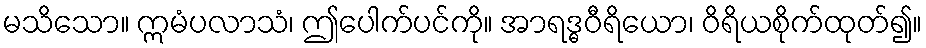
မသိသော။ ဣမံပလာသံ၊ ဤပေါက်ပင်ကို။ အာရဒ္ဓဝီရိယော၊ ဝိရိယစိုက်ထုတ်၍။